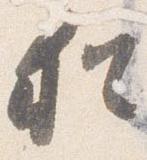
猶